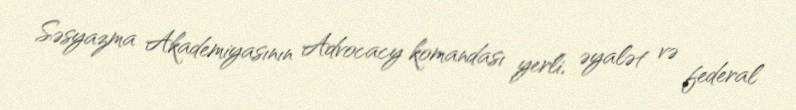
Səsyazma Akademiyasının Advocacy komandası yerli, əyalət və federal